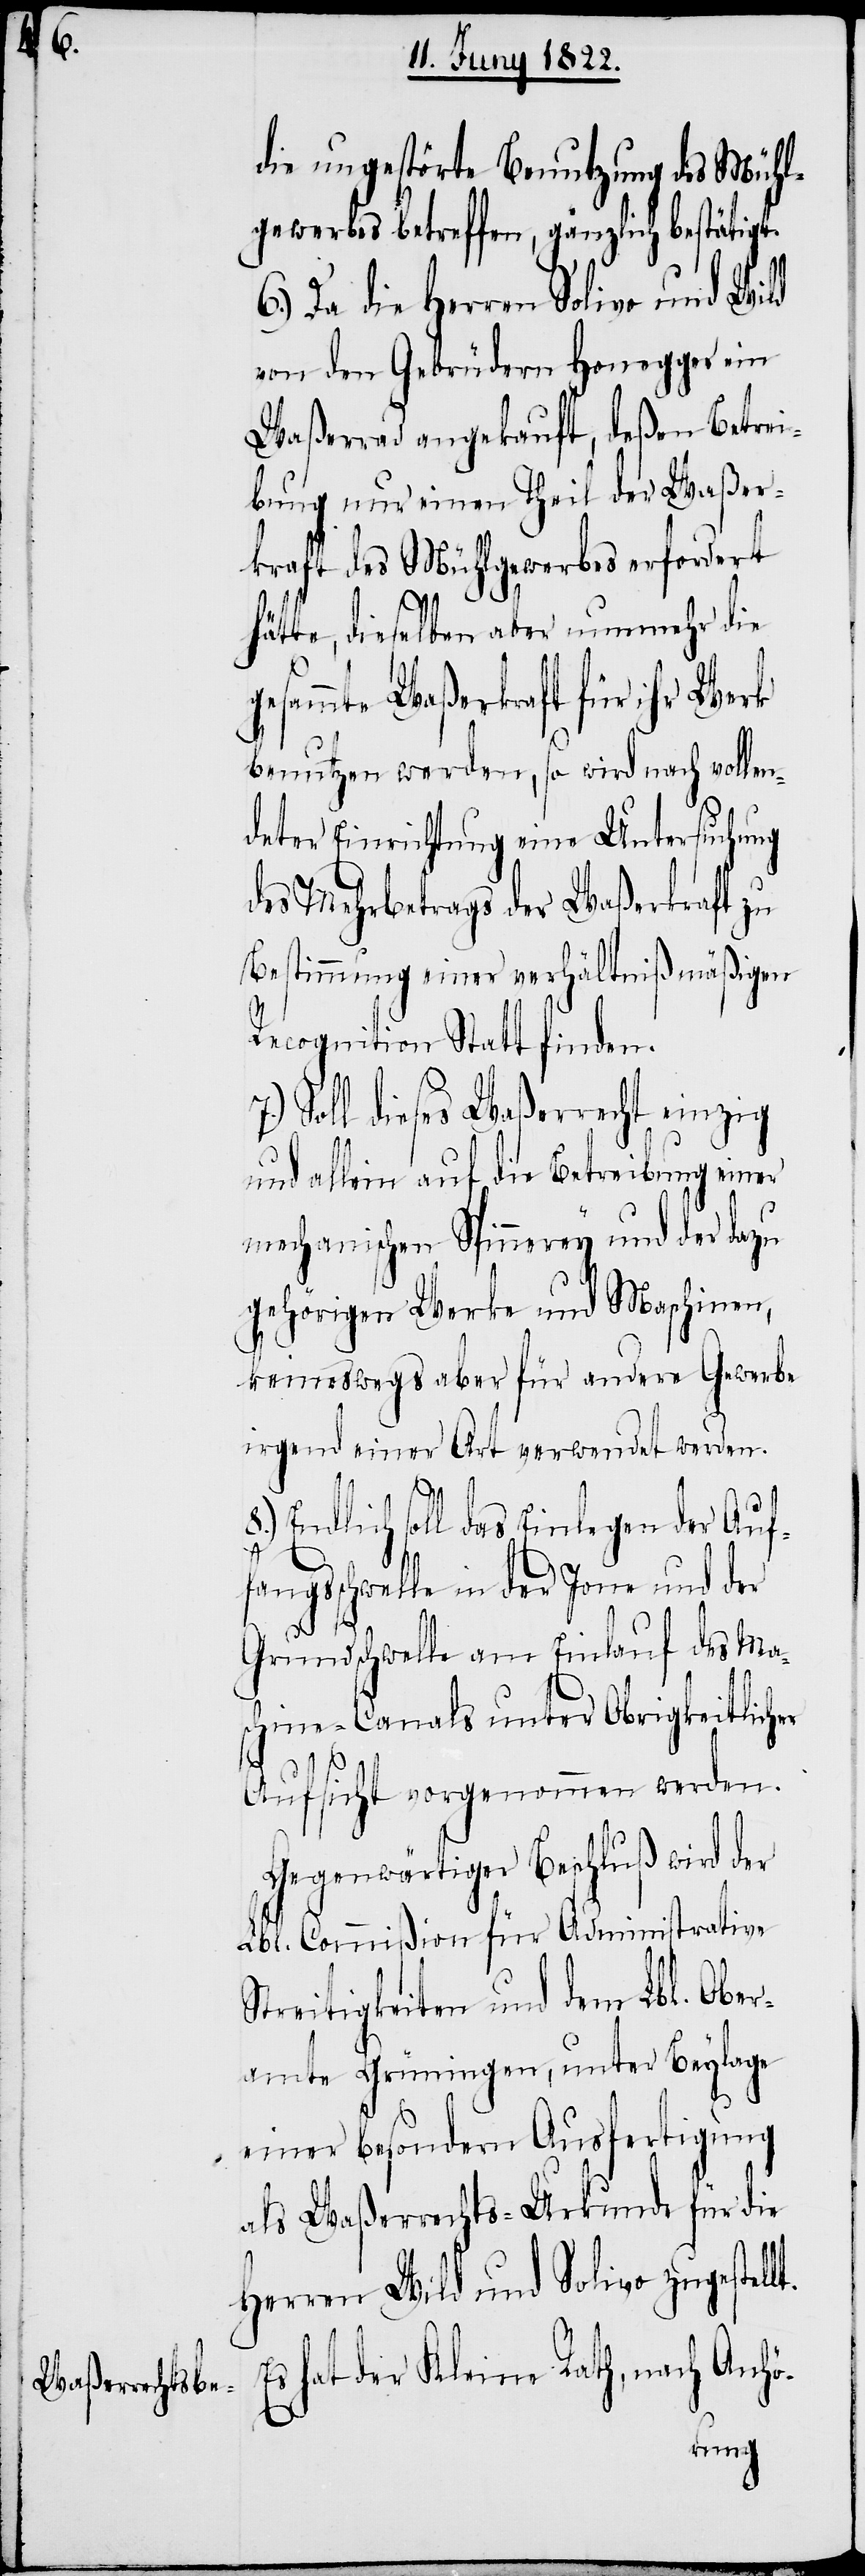
die ungestörte Benutzung des Mühl¬
ewerkes betreffen, gänzlich bestätigt.
Da die Herren Solivo und Wild
von den Gebrüdern Honegger ein
Waßerrad angekauft, deßen Betrei¬
bung nur einen Theil der Waßer¬
kraft des Mühlgewerbes erfordert
hätte, dieselben aber nunmehr die
gesammte Waßerkraft für ihr Werk
benutzen werden, so wird nach vollen¬
deter Einrichtung eine Untersuchung
des Mehrbetrags der Waßerkraft zu
Bestimmung einer verhältnißmäßigen
Recognition Statt finden.
Soll dieses Waßerrecht einzig
und allein auf die Betreibung einer
mechanischen Spinnerey und der dazu
gehörigen Werke und Maschinen,
keineswegs aber für andere Gewerbe
irgend einer Art verwendet werden.
Endlich soll das Einlegen der Auf¬
t.
fangsschwelle in der Jone und der
Grundschwelle am Einlauf des Ma¬
schine-Canals unter Obrigkeitlicher
Aufsicht vorgenommen werden.
Gegenwärtiger Beschluß wird der
Lbl. Commißion für Administrative
Streitigkeiten und dem Lbl. Ober¬
amte Grüningen, unter Beylage
einer besondern Ausfertigung
als Waßerrechts-Urkunde für die
Herren Wild und Solivo zugestell¬